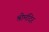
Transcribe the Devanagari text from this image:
श्रीमंदिर